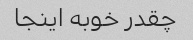
چقدر خوبه اینجا